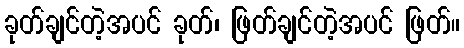
ခုတ်ချင်တဲ့အပင် ခုတ်၊ ဖြတ်ချင်တဲ့အပင် ဖြတ်။